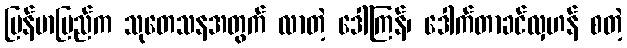
မြန်မာပြည်က သုတေသနအတွက် လာတဲ့ ဒေါ်ကြန်၊ ဒေါက်တာခင်လှဟန် စတဲ့